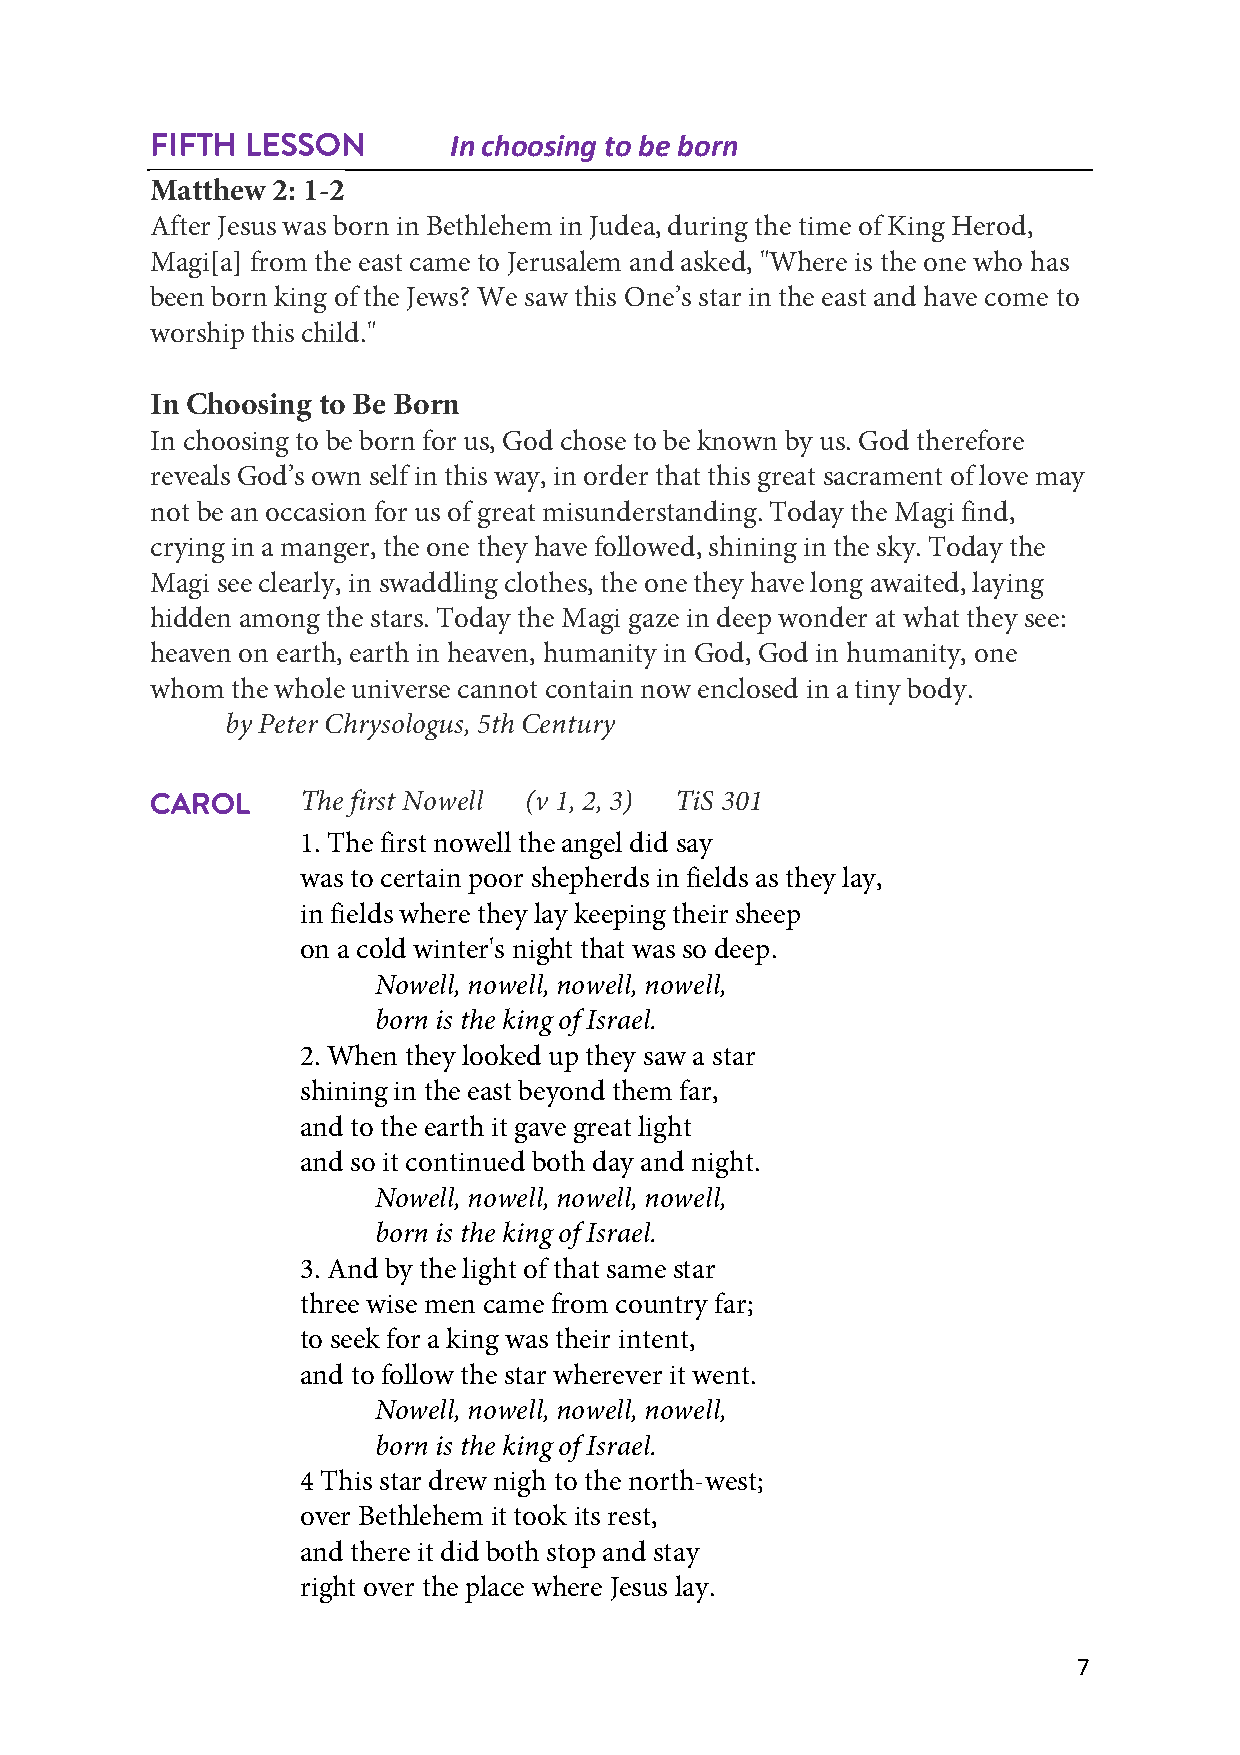
FIFTH LESSON        In choosing to be born
 Matthew 2: 1-2
 After Jesus was born in Bethlehem in Judea, during the time of King Herod,
 Magi[a] from the east came to Jerusalem and asked, "Where is the one who has
 been born king of the Jews? We saw this One’s star in the east and have come to
 worship this child."
 In Choosing to Be Born
 In choosing to be born for us, God chose to be known by us. God therefore
 reveals God’s own self in this way, in order that this great sacrament of love may
 not be an occasion for us of great misunderstanding. Today the Magi find,
 crying in a manger, the one they have followed, shining in the sky. Today the
 Magi see clearly, in swaddling clothes, the one they have long awaited, laying
 hidden among the stars. Today the Magi gaze in deep wonder at what they see:
 heaven on earth, earth in heaven, humanity in God, God in humanity, one
 whom the whole universe cannot contain now enclosed in a tiny body.
 by Peter Chrysologus, 5th Century
 CAROL
 The first Nowell (v 1, 2, 3) TiS 301
 1. The first nowell the angel did say
 was to certain poor shepherds in fields as they lay,
 in fields where they lay keeping their sheep
 on a cold winter's night that was so deep.
 Nowell, nowell, nowell, nowell,
 born is the king of Israel.
 2. When they looked up they saw a star
 shining in the east beyond them far,
 and to the earth it gave great light
 and so it continued both day and night.
 Nowell, nowell, nowell, nowell,
 born is the king of Israel.
 3. And by the light of that same star
 three wise men came from country far;
 to seek for a king was their intent,
 and to follow the star wherever it went.
 Nowell, nowell, nowell, nowell,
 born is the king of Israel.
 4 This star drew nigh to the north-west;
 over Bethlehem it took its rest,
 and there it did both stop and stay
 right over the place where Jesus lay.
 7